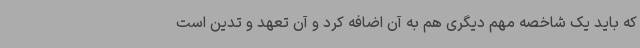
که باید یک شاخصه مهم دیگری هم به آن اضافه کرد و آن تعهد و تدین است